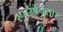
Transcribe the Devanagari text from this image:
रूपरेषेनुसार